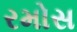
રમોસ